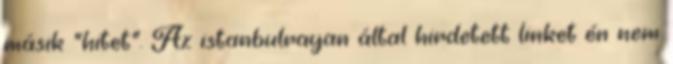
másik "hitet". Az istanbulrayan által hirdetett linket én nem